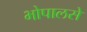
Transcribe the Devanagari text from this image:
भोपालसे